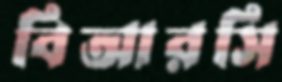
বিআরসি